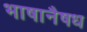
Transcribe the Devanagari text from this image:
भाषानैषध